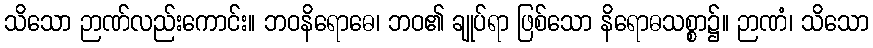
သိသော ဉာဏ်လည်းကောင်း။ ဘဝနိရောဓေ၊ ဘဝ၏ ချုပ်ရာ ဖြစ်သော နိရောဓသစ္စာ၌။ ဉာဏံ၊ သိသော